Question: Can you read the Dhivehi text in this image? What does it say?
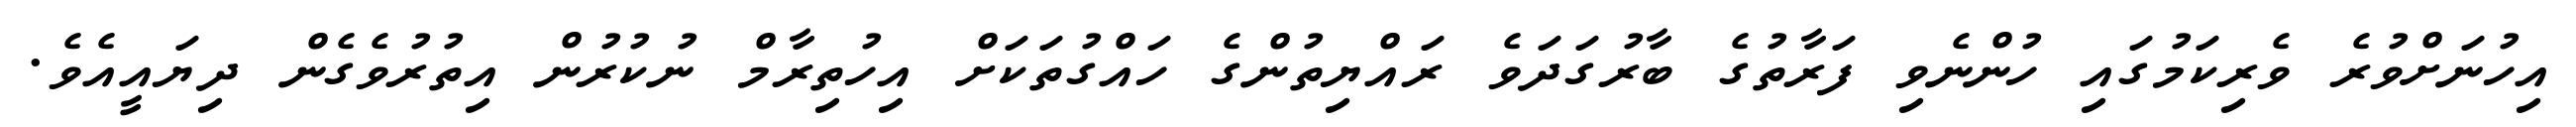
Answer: އިހުނަށްވުރެ ވެރިކަމުގައި ހުންނެވި ފަރާތުގެ ބާރުގަދަވެ ރައްޔިތުންގެ ހައްގުތަކަށް އިހުތިރާމް ނުކުރުން އިތުރުވެގެން ދިޔައީއެވެ.